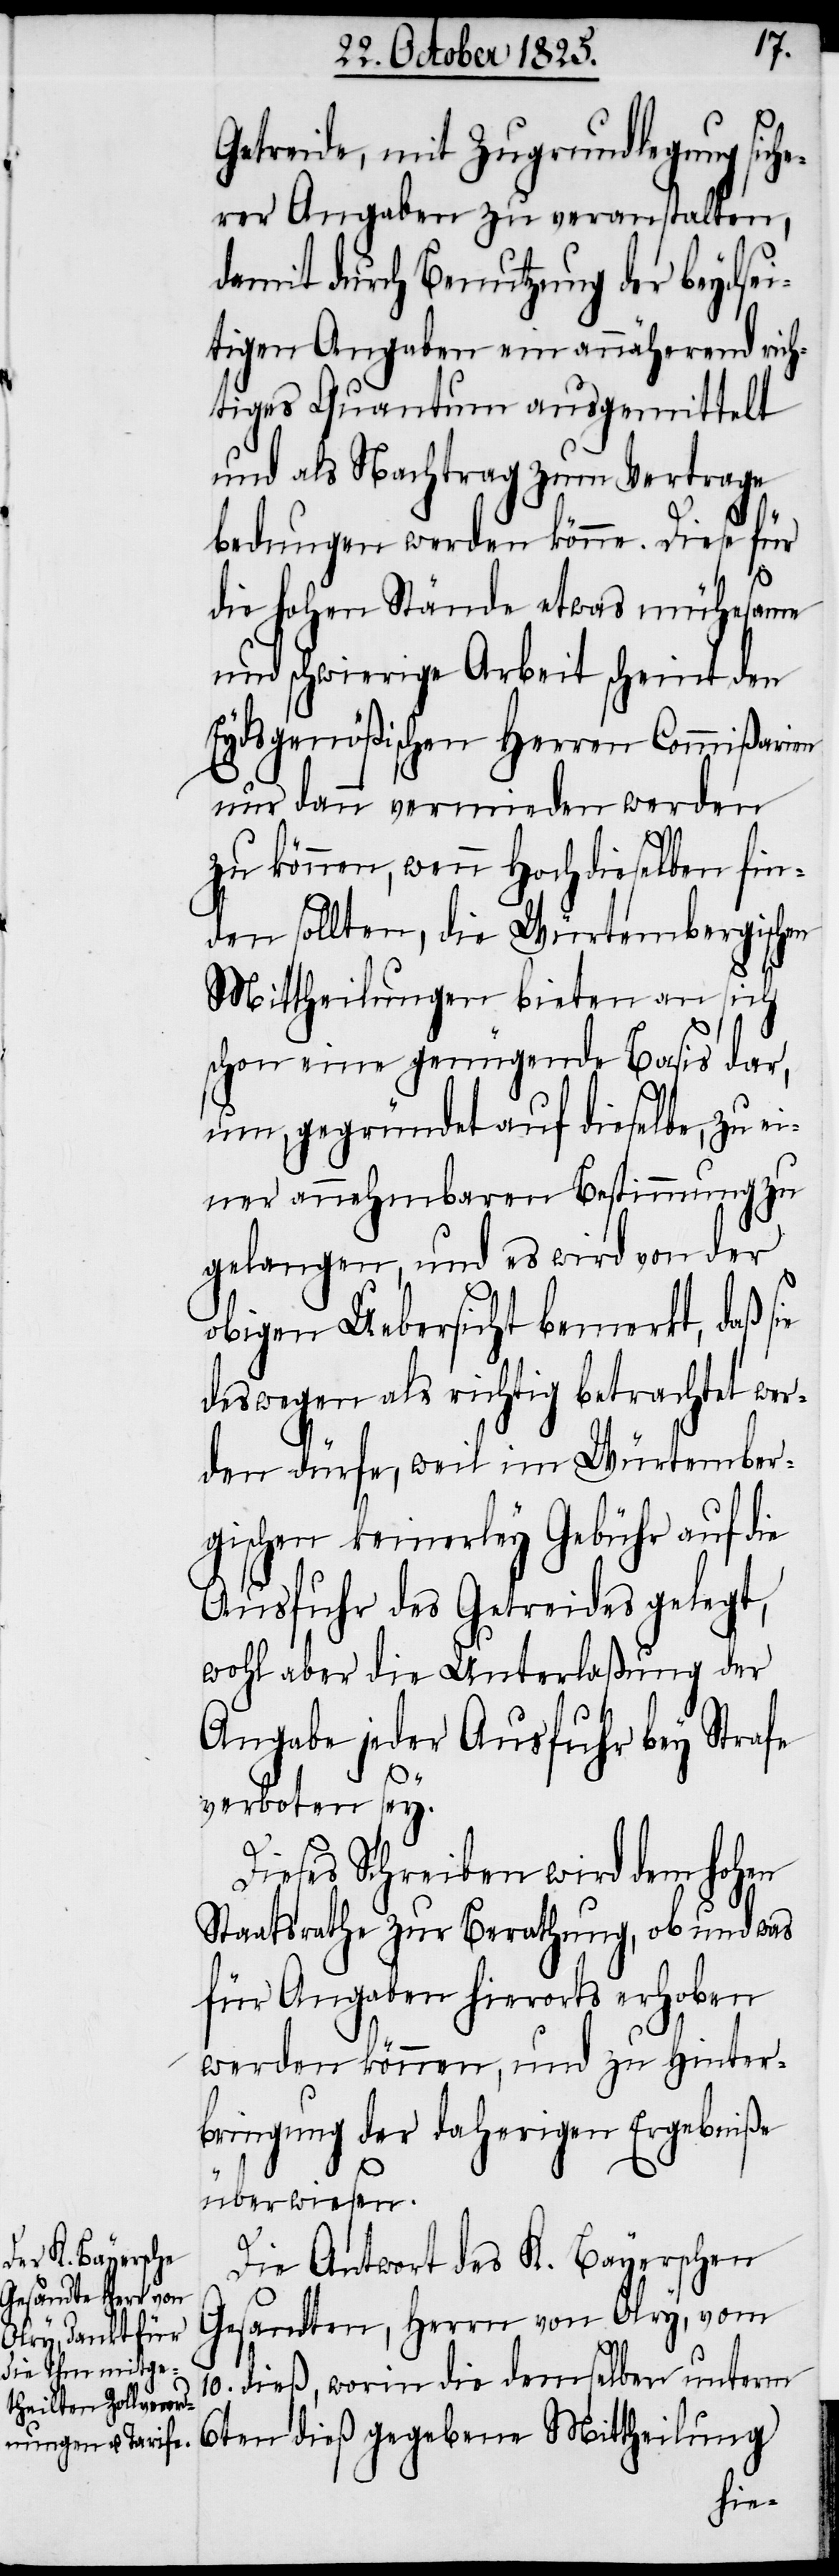
Getreide, mit Zugrundlegung siche¬
rer Angaben zu veranstalten,
damit durch Benutzung der beydsei¬
tigen Angaben ein annähernd rich¬
tiges Quantum ausgemittelt
und als Nachtrag zum Vertrage
bedungen werden könne. Diese für
die hohen Stände etwas mühesame
und schwierige Arbeit scheint den
Eydsgenößischen Herren Commißarien
nur dann vermieden werden
zu können, wenn Hochdieselben fin¬
den sollten, die Würtembergischen
Mittheilungen bieten an sich
schon eine genügende Basis dar,
um, gegründet auf dieselbe, zu ei¬
ner annehmbaren Bestimmung zu
gelangen, und es wird von der
obigen Uebersicht bemerkt, daß sie
deswegen als richtig betrachtet wer¬
den dürfe, weil im Würtember¬
gischen keinerley Gebühr auf die
Ausfuhr des Getreides gelegt,
wohl aber die Unterlaßung der
Angabe jeder Ausfuhr bey Strafe
verboten sey.
Dieses Schreiben wird dem hohen
Staatsrathe zur Berathung, ob und was
für Angaben hierorts erhoben
werden können, und zu Hinter¬
bringung der daherigen Ergebniße
überwiesen.
Die Antwort des K. Bayerschen
Gesandten, Herrn von Olry, vom
10. dieß, worin die demselben unterm
6ten dieß gegebene Mittheilung